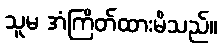
သူမ အံကြိတ်ထားမိသည်။